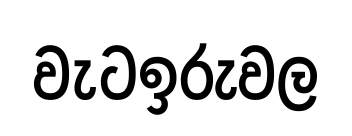
වැටඉරුවල